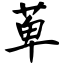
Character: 萆